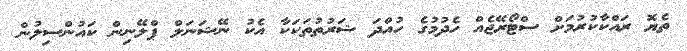
ތެޔޮ ރައްކާކުރުމަށް ސްޓޯރޭޖެއް ހެދުމުގެ ހުއްދަ ޝަރުތުތަކަކާ އެކު ނޭޝަނަލް ޕްލޭނިން ކައުންސިލުން